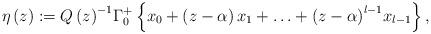
LaTeX: \begin{align*}\eta \left( z \right):={Q\left( z \right)}^{-1}\Gamma_{0}^{+}\left\{ x_{0}+\left( z-\alpha \right)x_{1}+\mathellipsis +{(z-\alpha )}^{l-1}x_{l-1} \right\},\end{align*}